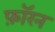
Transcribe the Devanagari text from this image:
फ़ॉरन